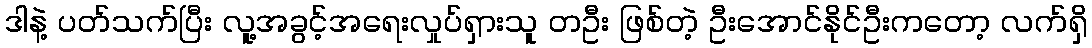
ဒါနဲ့ ပတ်သက်ပြီး လူ့အခွင့်အရေးလှုပ်ရှားသူ တဦး ဖြစ်တဲ့ ဦးအောင်နိုင်ဦးကတော့ လက်ရှိ